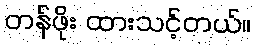
တန်ဖိုး ထားသင့်တယ်။